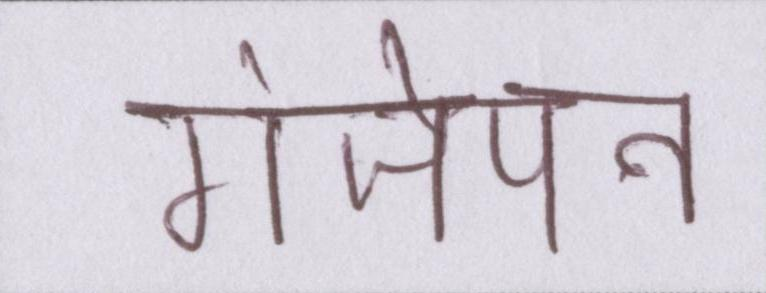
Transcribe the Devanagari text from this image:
गंजेपन